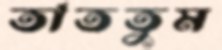
তাততুম